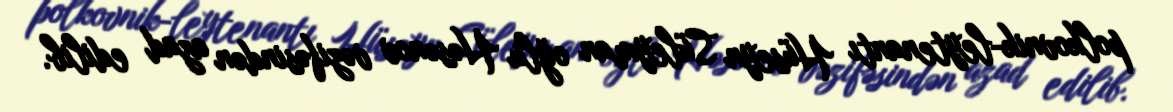
polkovnik-leytenantı Hüseyn Süleyman oğlu Həsənov vəzifəsindən azad edilib.